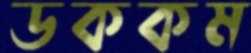
ডককম